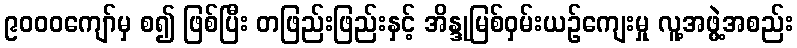
၉၀၀၀ကျော်မှ စ၍ ဖြစ်ပြီး တဖြည်းဖြည်းနှင့် အိန္ဒုမြစ်ဝှမ်းယဉ်ကျေးမှု လူ့အဖွဲ့အစည်း